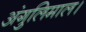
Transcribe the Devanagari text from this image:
अंगुलिमाल।